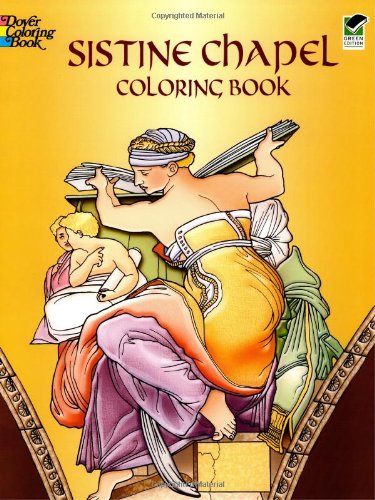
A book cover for Sistine Chapel Coloring Book; Children's Books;